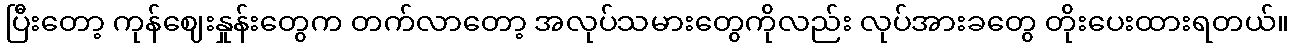
ပြီးတော့ ကုန်ဈေးနှုန်းတွေက တက်လာတော့ အလုပ်သမားတွေကိုလည်း လုပ်အားခတွေ တိုးပေးထားရတယ်။